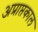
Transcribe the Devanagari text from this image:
अप्राप्तकाल